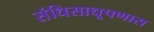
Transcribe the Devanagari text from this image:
संधिसाधूपणास